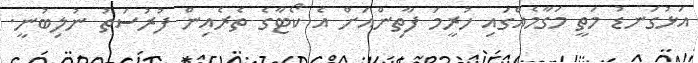
އަޅުގަނޑު މަތީ މަގާމެއްގައި ހުރީމަ ފާތިންއަށް އެ ކޯޓާގެ ތެރެއިން ފުރުސަތު ނުލިބުނީ.